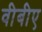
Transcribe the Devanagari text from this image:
वीबीए